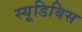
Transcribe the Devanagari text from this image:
स्यूडिबिस